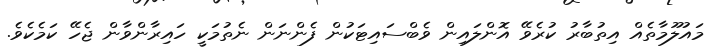
މައުލޫމާތެއް އިތުބާރު ކުރެވޭ އޮންލައިން ވެބްސައިޓަކުން ފެންނަން ނެތުމަކީ ހައިރާންވާން ޖެހޭ ކަމެކެވެ.